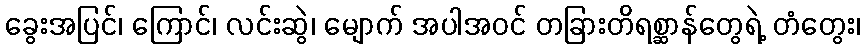
ခွေးအပြင်၊ ကြောင်၊ လင်းဆွဲ၊ မျောက် အပါအဝင် တခြားတိရစ္ဆာန်တွေရဲ့ တံတွေး၊